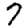
Digit: 7